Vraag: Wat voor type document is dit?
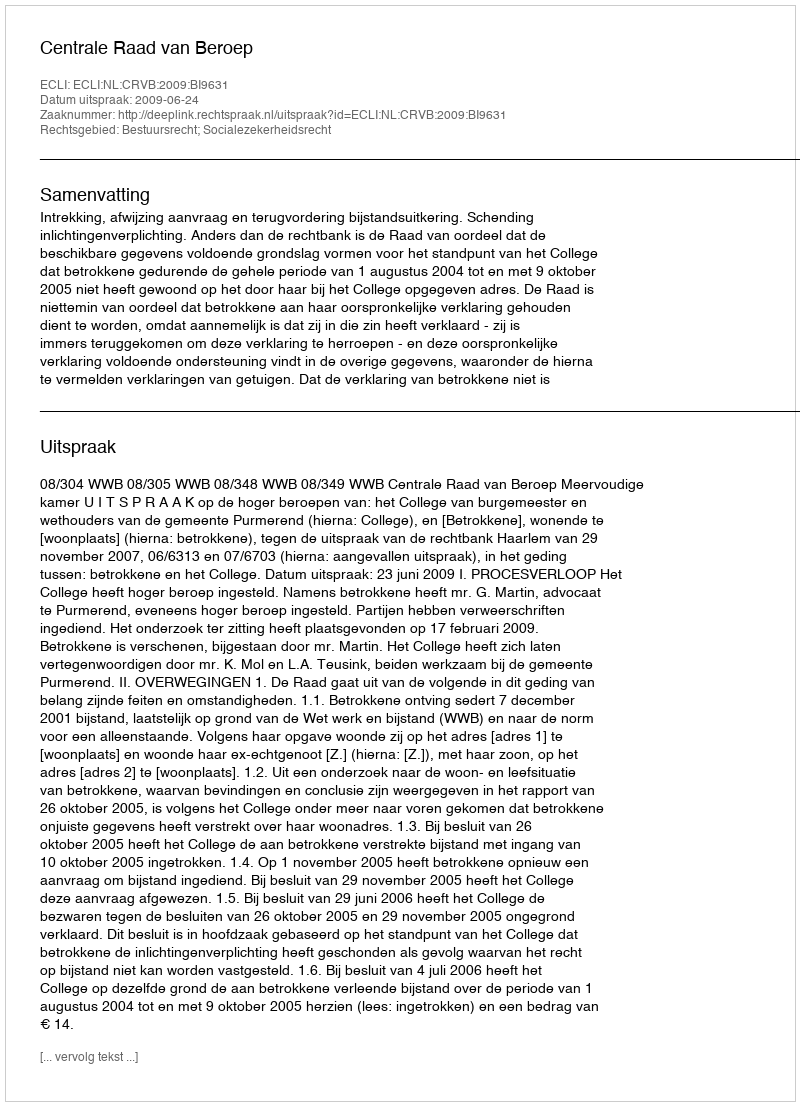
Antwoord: Uitspraak